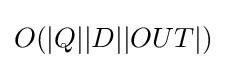
O(|Q||D||OUT|)